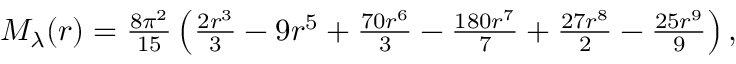
\begin{array} { r } { M _ { \lambda } ( r ) = \frac { 8 \pi ^ { 2 } } { 1 5 } \left( \frac { 2 r ^ { 3 } } { 3 } - 9 r ^ { 5 } + \frac { 7 0 r ^ { 6 } } { 3 } - \frac { 1 8 0 r ^ { 7 } } { 7 } + \frac { 2 7 r ^ { 8 } } { 2 } - \frac { 2 5 r ^ { 9 } } { 9 } \right) , } \end{array}